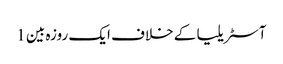
آسٹریلیا کے خلاف ایک روزہ بین 1